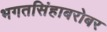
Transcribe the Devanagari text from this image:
भगतसिंहाबरोबर